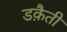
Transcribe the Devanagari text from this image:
डक़ैती